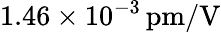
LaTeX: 1.46\times 10^{-3}\, \mathrm{pm/V}